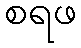
စရဖ